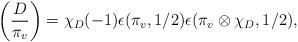
LaTeX: \begin{align*} \left( \frac{D}{\pi_v}\right) = \chi_D(-1)\epsilon(\pi_v,1/2)\epsilon(\pi_v \otimes \chi_D, 1/2),\end{align*}